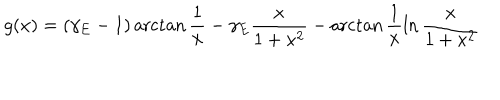
LaTeX: g ( x ) = ( \gamma _ { E } - 1 ) \operatorname { a r c t a n } \frac { 1 } { x } - \gamma _ { E } \frac { x } { 1 + x ^ { 2 } } - \operatorname { a r c t a n } \frac { 1 } { x } \ln \frac { x } { 1 + x ^ { 2 } }